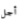
أجل